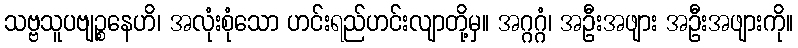
သဗ္ဗသူပဗျဉ္စနေဟိ၊ အလုံးစုံသော ဟင်းရည်ဟင်းလျာတို့မှ။ အဂ္ဂဂ္ဂံ၊ အဦးအဖျား အဦးအဖျားကို။